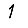
Digit: 1